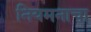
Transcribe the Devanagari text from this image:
नियमनाचा